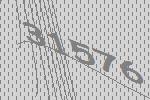
31576